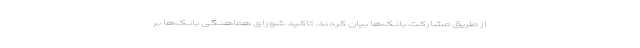
از طریق مشارکت بانک‌ها بیان کردند. تاکید شورای هماهنگی بانک‌ها بر